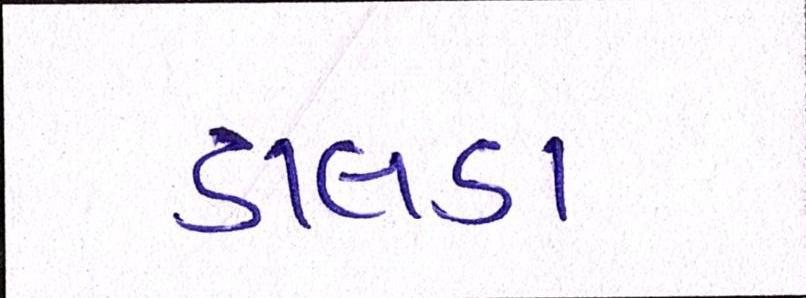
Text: ડાલડા